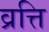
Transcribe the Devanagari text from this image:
व्रत्ति